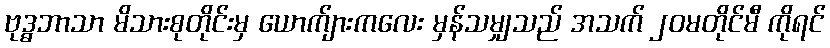
ဗုဒ္ဓဘာသာ မိသားစုတိုင်းမှ ယောက်ျားကလေး မှန်သမျှသည် အသက် ၂၀မတိုင်မီ ကိုရင်